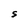
Character: S